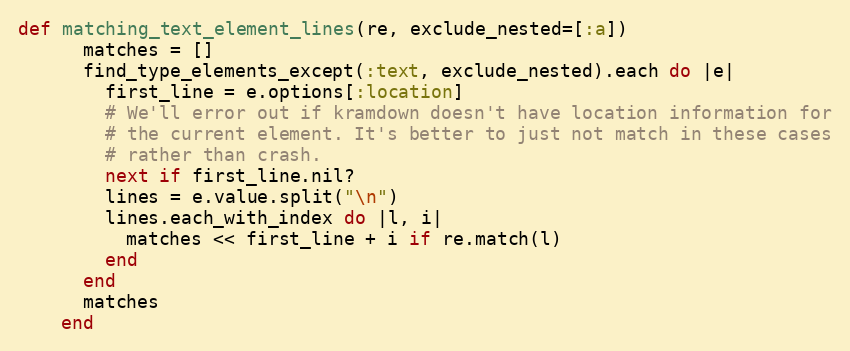
Language: Ruby
def matching_text_element_lines(re, exclude_nested=[:a])
      matches = []
      find_type_elements_except(:text, exclude_nested).each do |e|
        first_line = e.options[:location]
        # We'll error out if kramdown doesn't have location information for
        # the current element. It's better to just not match in these cases
        # rather than crash.
        next if first_line.nil?
        lines = e.value.split("\n")
        lines.each_with_index do |l, i|
          matches << first_line + i if re.match(l)
        end
      end
      matches
    end